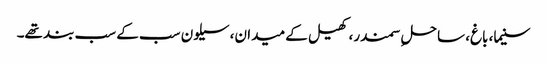
سنیما، باغ، ساحلِ سمندر، کھیل کے میدان، سیلون سب کے سب بند تھے۔